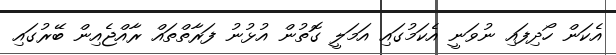
އެކަން ހޯދިފައި ނުވަނީ އެކަމުގައި އަމަލީ ގޮތުން އުޅުނު ފަރާތްތައް ރާއްޖެއިން ބޭރުގައި